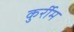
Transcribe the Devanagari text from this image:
कुर्रीम